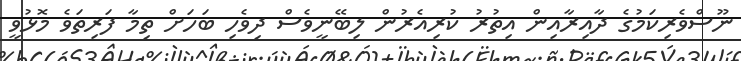
ނޫސްވެރިކަމުގެ ދާއިރާއިން އިތުރު ކުރިއެރުން ލިބޭނީވެސް ދިވެހި ބަހަށް ތިމާ ފަރިތަވެ މޮޅުވީ